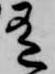
有